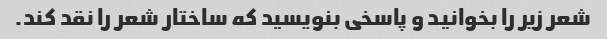
شعر زیر را بخوانید و پاسخی بنویسید که ساختار شعر را نقد کند.